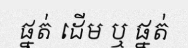
ផ្នត់ ដើម ឬ ផ្នត់